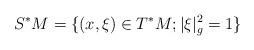
LaTeX: \begin{align*}S^*M=\{ (x,\xi)\in T^*M; |\xi|^2_g=1\}\end{align*}